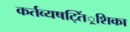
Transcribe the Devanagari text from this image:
कर्तव्यषट्तिं्रशिका